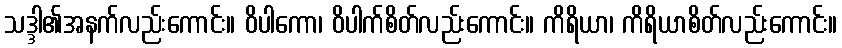
သဒ္ဒါ၏အနက်လည်းကောင်း။ ဝိပါကော၊ ဝိပါက်စိတ်လည်းကောင်း။ ကိရိယာ၊ ကိရိယာစိတ်လည်းကောင်း။